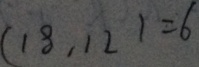
( 1 8 , 1 2 ) = 6